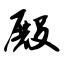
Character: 殿